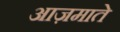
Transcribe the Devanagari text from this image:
आज़माते